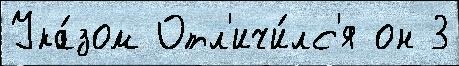
Ука́зом Отл'ичи́лс'я он 3